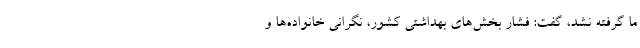
ما گرفته نشد، گفت: فشار بخش‌های بهداشتی کشور، نگرانی خانواده‌ها و